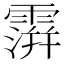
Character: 𩅅